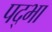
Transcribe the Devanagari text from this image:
पद्भा